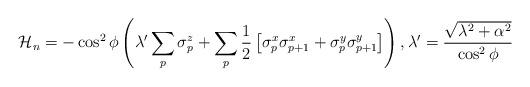
LaTeX: \begin{align*}\mathcal{H}_n=-\cos^2\phi \left (\lambda^{\prime}\sum_{p}\sigma_p^z+\sum_{p}\frac{1}{2}\left [\sigma_p^x\sigma_{p+1}^x +\sigma_p^y\sigma_{p+1}^y\right ]\right ),\lambda^{\prime}=\frac{\sqrt{\lambda^2+\alpha^2}}{\cos^2\phi}\end{align*}